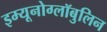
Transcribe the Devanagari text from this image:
इम्यूनोग्लॉबुलिन